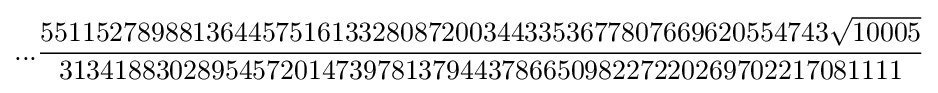
...{\frac {551152789881364457516133280872003443353677807669620554743{\sqrt {10005}}}{3134188302895457201473978137944378665098227220269702217081111}}